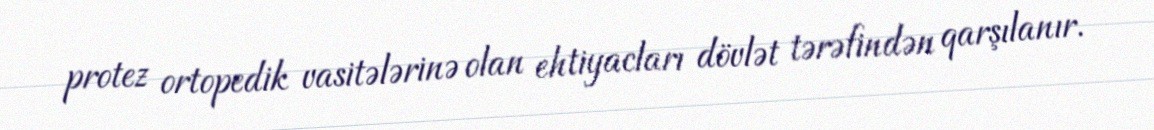
protez ortopedik vasitələrinə olan ehtiyacları dövlət tərəfindən qarşılanır.